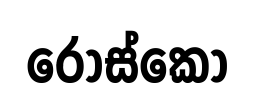
රොස්කෝ